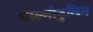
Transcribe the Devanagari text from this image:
काल्मोडुलिन